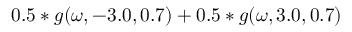
0 . 5 * g ( \omega , - 3 . 0 , 0 . 7 ) + 0 . 5 * g ( \omega , 3 . 0 , 0 . 7 )